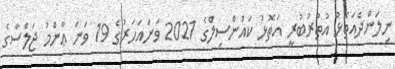
ނިލަންދެއަތޮޅު އުތުރުބުރީ އަތޮޅު ކައުންސިލްގެ 2021 ވަނައަހަރުގެ 19 ވަނަ ޢާންމު ޖަލްސާގެ